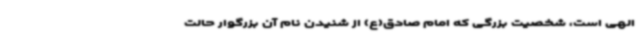
الهی است، شخصیت بزرگی که امام صادق(ع) از شنیدن نام آن بزرگوار حالت